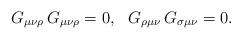
LaTeX: \begin{align*}G_{\mu \nu \rho} \, G_{\mu \nu \rho} = 0, \,\,\,\,G_{\rho \mu \nu } \, G_{\sigma \mu \nu } = 0.\end{align*}